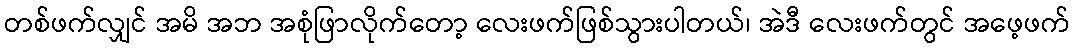
တစ်ဖက်လျှင် အမိ အဘ အစုံဖြာလိုက်တော့ လေးဖက်ဖြစ်သွားပါတယ်၊ အဲဒီ လေးဖက်တွင် အဖေ့ဖက်